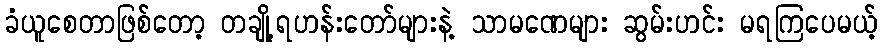
ခံယူစေတာဖြစ်တော့ တချို့ရဟန်းတော်များနဲ့ သာမဏေများ ဆွမ်းဟင်း မရကြပေမယ့်